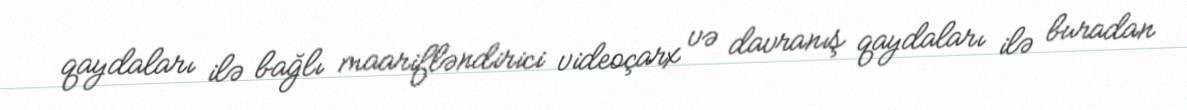
qaydaları ilə bağlı maarifləndirici videoçarx və davranış qaydaları ilə buradan